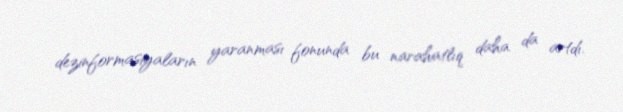
dezinformasiyaların yaranması fonunda bu narahatlıq daha da artdı.